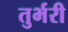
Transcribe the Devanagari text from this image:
तुर्भरी